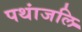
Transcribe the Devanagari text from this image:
पथांजलि